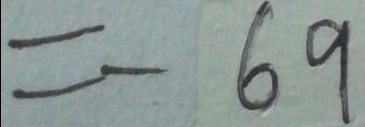
= - 6 9